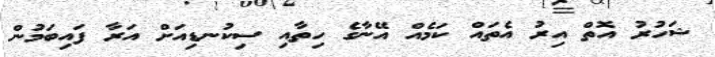
ޝަހުރު އޮތް އިރު އެތައް ކަމެއް އޭނާގެ ހިތާއި ސިކުނޑިއަށް އަރާ ފައިބަމުން